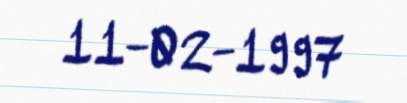
11-02-1997